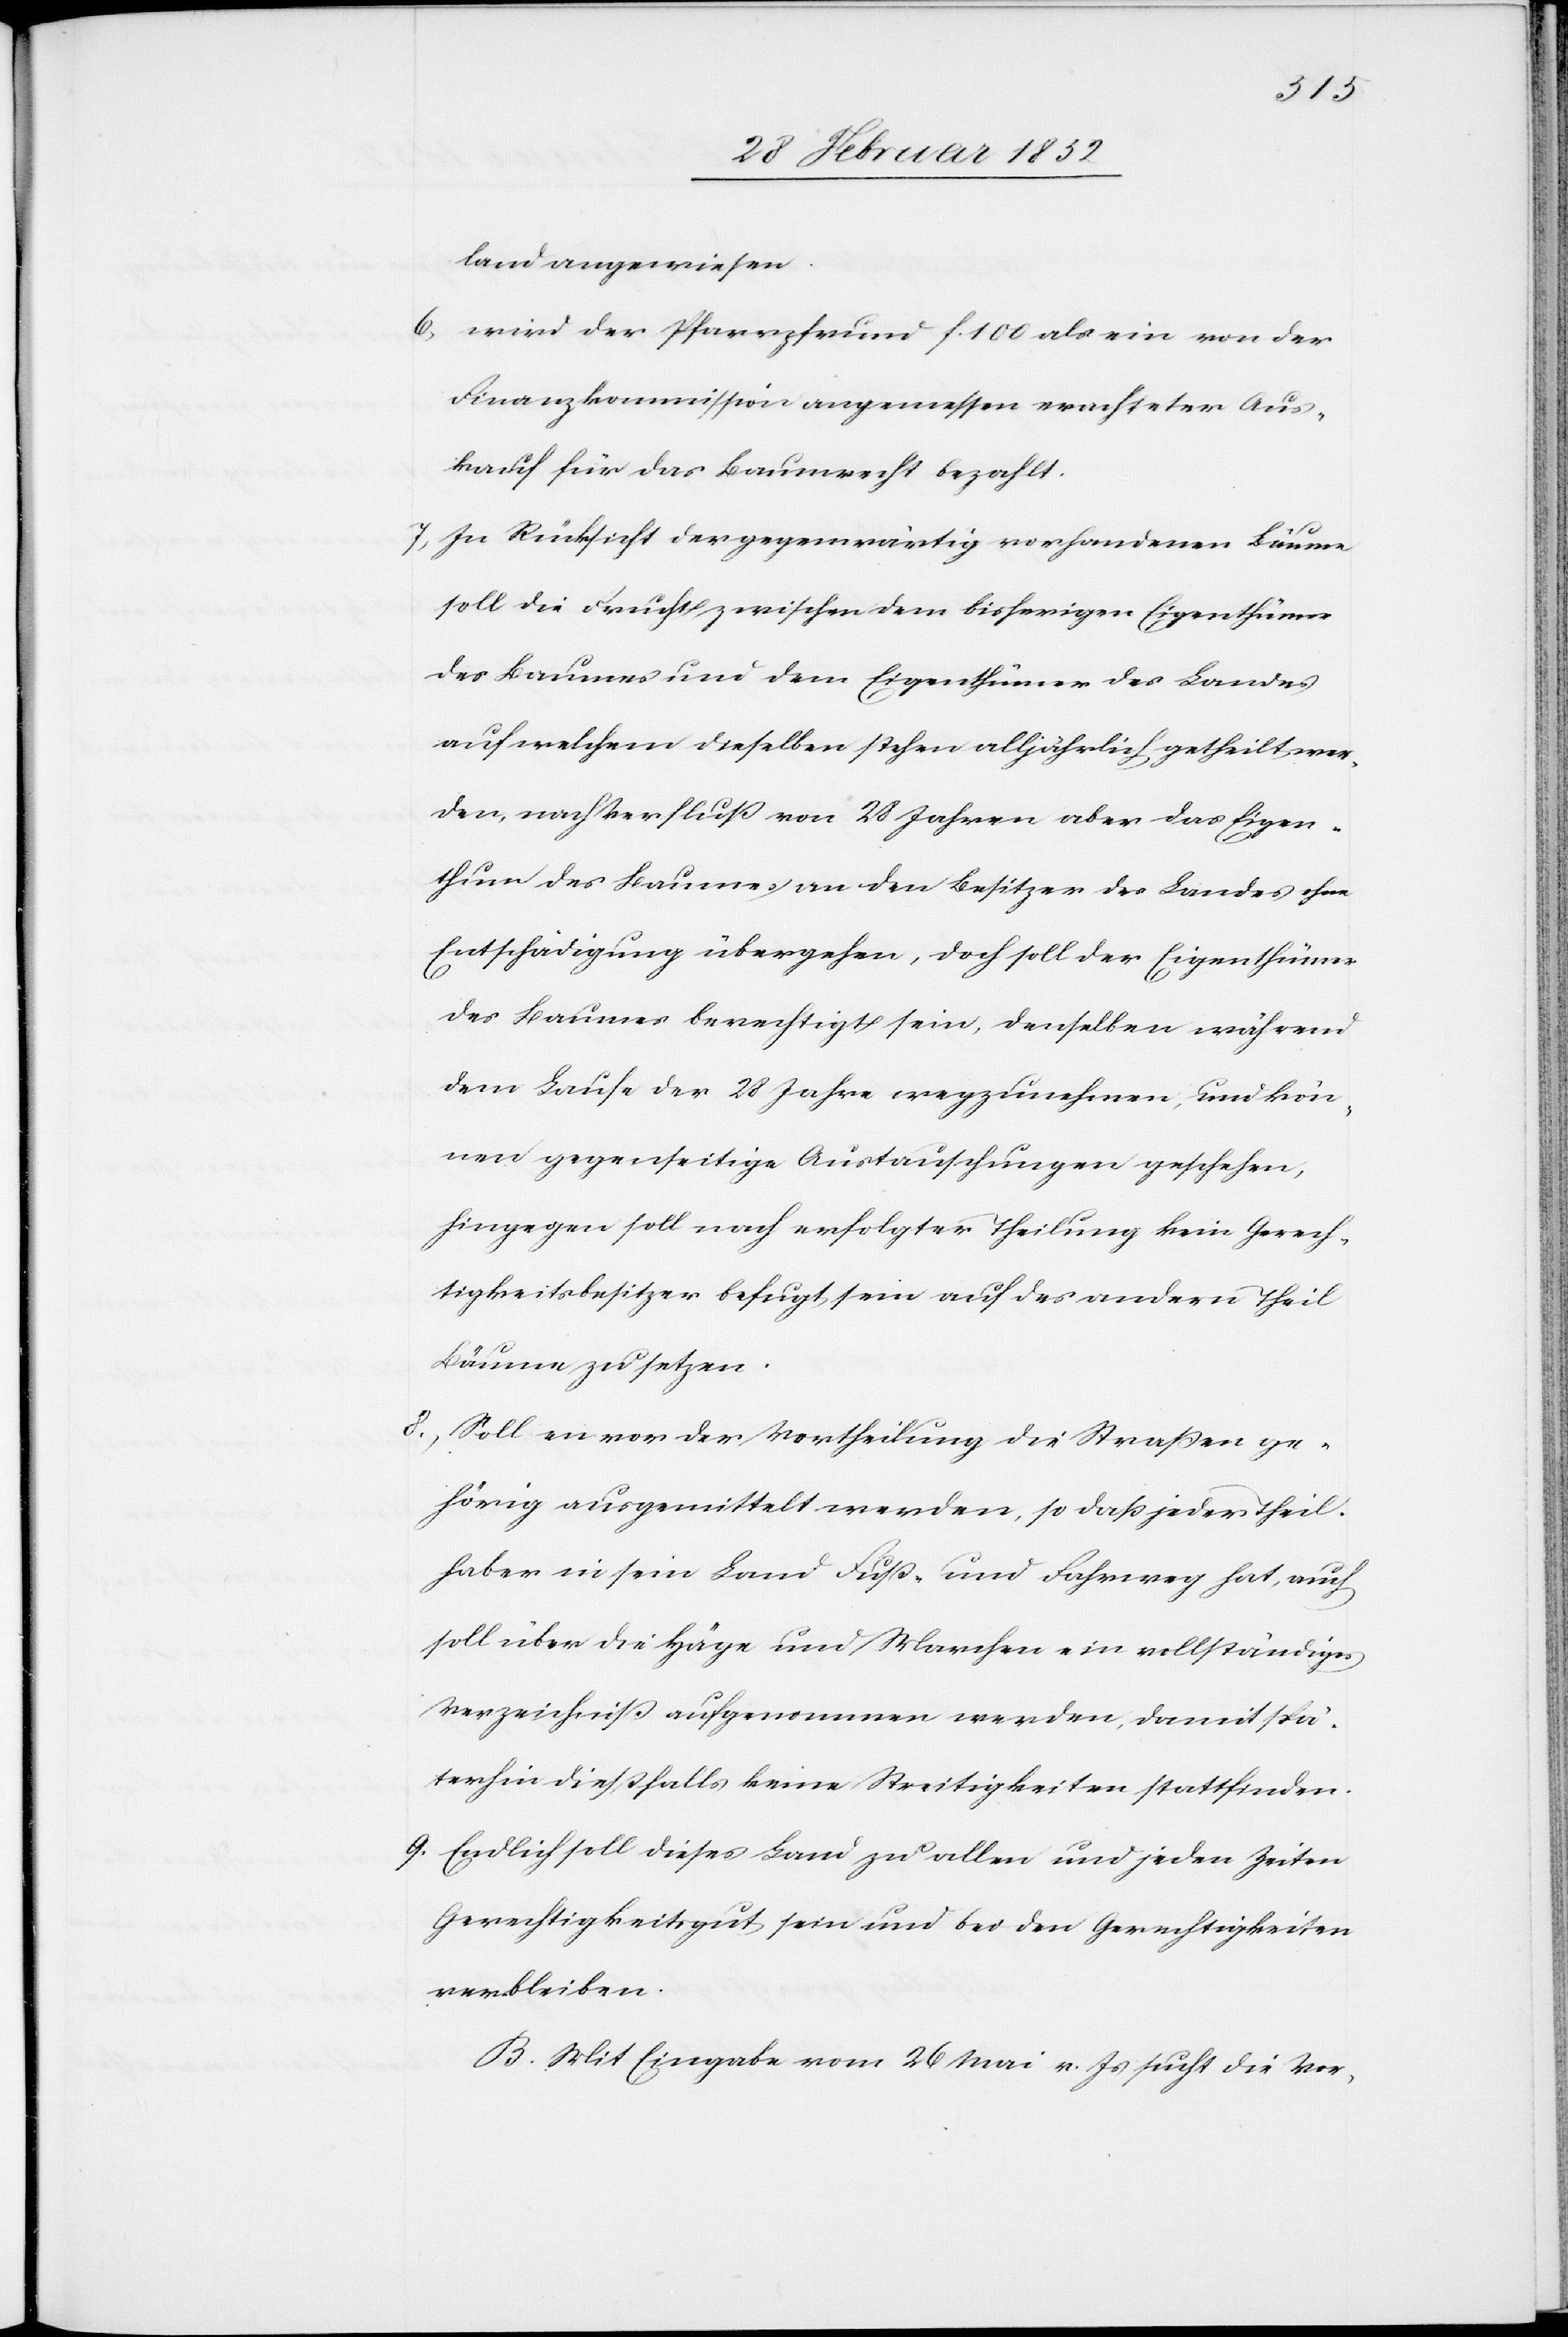
land angewiesen.
6.)
Wird der Pfarrpfrund f. 100 als ein von der
Finanzkommission angemessen erachteter Aus¬
kauf für das Baumrecht bezahlt.
7.) In Rücksicht der gegenwärtig vorhandenen Bäume
soll die Frucht zwischen dem bisherigen Eigenthümer
des Baumes und dem Eigenthümer des Landes
auf welchem dieselben stehen alljährlich getheilt wer¬
den, nach Verfluß von 28 Jahren aber das Eigen¬
thum des Baumes an den Besitzern des Landes ohne
Entschädigung übergehen, doch soll der Eigenthümer
des Baumes berechtigt sein, denselben während
dem Laufe der 28 Jahre wegzunehmen, und kön¬
nen gegenseitige Austauschungen geschehen,
hingegen soll nach erfolgter Theilung kein Gerech¬
tigkeitsbesitzer befugt sein auf des andern Theil
Bäume zu setzen.
8.) Sollen vor der Vertheilung die Straßen ge¬
hörig ausgemittelt werden, so daß jeder Theil¬
haber in sein Land Fuß- und Fahrweg hat, auch
soll über die Häge und Marchen ein vollständiges
Verzeichniß aufgenommen werden, damit spä¬
terhin dießfalls keine Streitigkeiten stattfinden.
9.) Endlich soll dieses Land allen und jeden Zeiten
Gerechtigkeitsgut sein und bei den Gerechtigkeiten
verbleiben.
B. Mit Eingabe vom 26 Mai v. Js sucht die Vor-